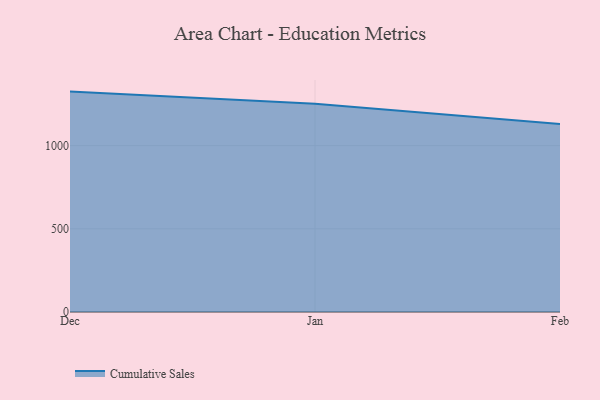
{"axis": {"x": "Month", "y": "Satisfaction Score"}, "legend": ["Cumulative Sales"], "data": [{"x": "Dec", "y": 1324.7, "type": "Cumulative Sales"}, {"x": "Jan", "y": 1252.4, "type": "Cumulative Sales"}, {"x": "Feb", "y": 1130.3, "type": "Cumulative Sales"}]}